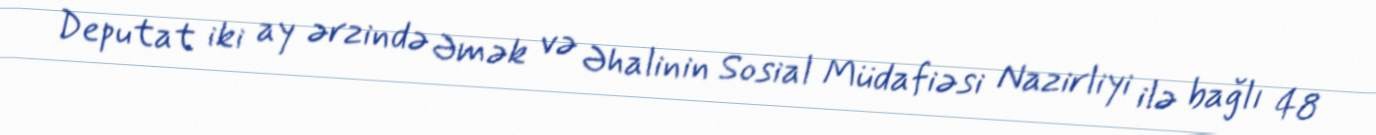
Deputat iki ay ərzində Əmək və Əhalinin Sosial Müdafiəsi Nazirliyi ilə bağlı 48